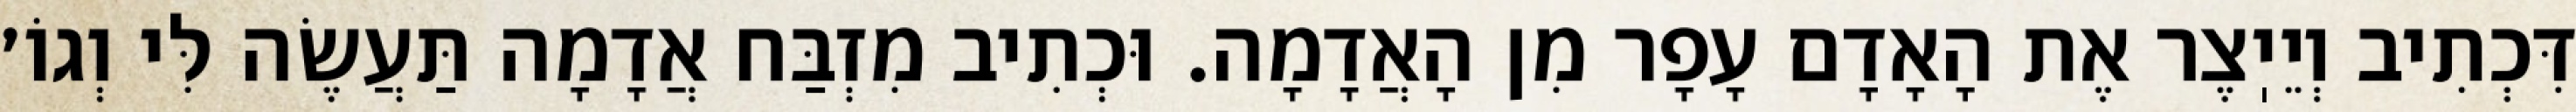
דִּכְתִיב וְיֵיֽצֶר אֶת הָאָדָם עָפָר מִן הָאֲדָמָה. וּכְתִיב מִזְבַּח אֲדָמָה תַּעֲשֶׂה לִּי וְגוֹ׳